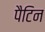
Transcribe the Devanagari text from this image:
पैटिन